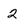
Character: 2